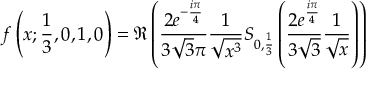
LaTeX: f \left( x ; { \frac { 1 } { 3 } } , 0 , 1 , 0 \right) = \Re \left( { \frac { 2 e ^ { - { \frac { i \pi } { 4 } } } } { 3 { \sqrt { 3 } } \pi } } { \frac { 1 } { \sqrt { x ^ { 3 } } } } S _ { 0 , { \frac { 1 } { 3 } } } \left( { \frac { 2 e ^ { \frac { i \pi } { 4 } } } { 3 { \sqrt { 3 } } } } { \frac { 1 } { \sqrt { x } } } \right) \right)